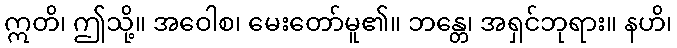
ဣတိ၊ ဤသို့။ အဝေါစ၊ မေးတော်မူ၏။ ဘန္တေ၊ အရှင်ဘုရား။ နဟိ၊